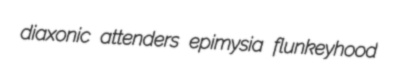
diaxonic attenders epimysia flunkeyhood